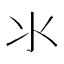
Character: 氺